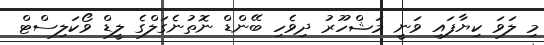
މި ލަވަ ކިޔާފައި ވަނީ މަޝްހޫރު ދިވެހި ބޭންޑް ނޮތުނެގަލްގެ ލީޑް ވޯކަލިސްޓް